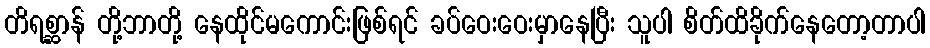
တိရစ္ဆာန် တို့ဘာတို့ နေထိုင်မကောင်းဖြစ်ရင် ခပ်ဝေးဝေးမှာနေပြီး သူပါ စိတ်ထိခိုက်နေတော့တာပါ